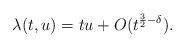
LaTeX: \begin{align*}\lambda(t,u)=t u+O(t^{\frac{3}{2}- \delta}).\end{align*}